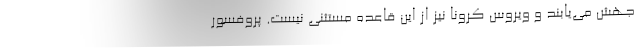
جهش می‌یابند و ویروس کرونا نیز از این قاعده مستثنی نیست. پروفسور